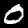
Label: 0